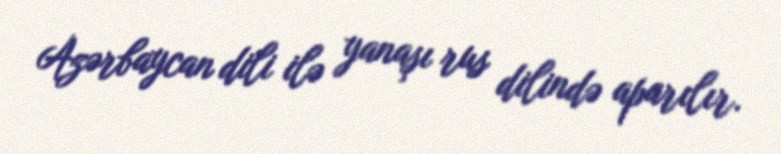
Azərbaycan dili ilə yanaşı rus dilində aparılır.